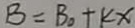
B = B _ { 0 } + k x